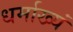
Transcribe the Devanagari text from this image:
धर्माख्यं